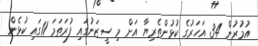
އުމުރުން 34 އަހަރުގެ ކުޅުންތެރިޔާ އަށް މި ސީޒަނުގައި ފުރަތަމަ 11ގައި ކުޅެން